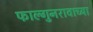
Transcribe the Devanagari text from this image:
फाल्गुनरावाच्या